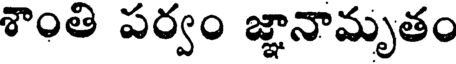
శాంతి పర్వం జ్ఞానామృతం